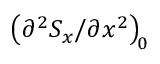
\left( { \partial ^ { 2 } S _ { x } } / { \partial x ^ { 2 } } \right) _ { \! 0 }